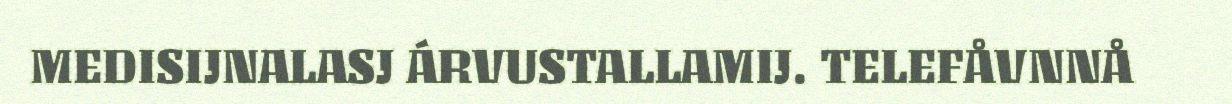
MEDISIJNALASJ ÁRVUSTALLAMIJ. TELEFÅVNNÅ